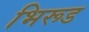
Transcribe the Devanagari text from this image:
भिरूड